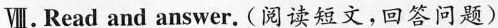
Ⅷ.Read and answer. (阅读短文，回答问题)